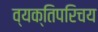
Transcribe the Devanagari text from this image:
व्यक्तिपरिचय